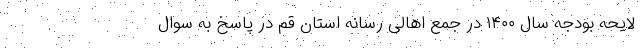
لایحه بودجه سال ۱۴۰۰ در جمع اهالی رسانه استان قم در پاسخ به سوال